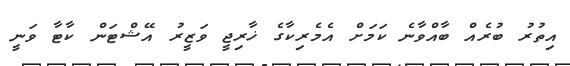
އިތުރު ބުރެއް ބާއްވާނެ ކަމަށް އެެެމެރިކާގެ ޚާރިޖީ ވަޒީރު އޭޝްޓަން ކާޓާ ވަނީ